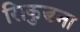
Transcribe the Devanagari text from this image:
सिकुडना